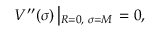
V ^ { \prime \prime } ( \sigma ) \left| _ { R = 0 , \, \, \sigma = M } \right. = 0 ,